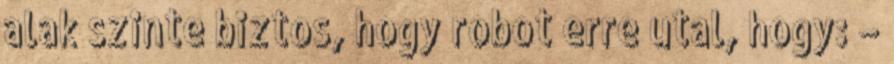
alak szinte biztos, hogy robot erre utal, hogy: –